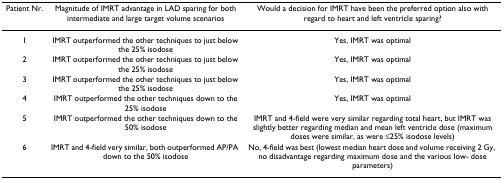
<table><thead><tr><td><b>Patient Nr.</b></td><td><b>Magnitude of IMRT advantage in LAD sparing for both intermediate and large target volume scenarios</b></td><td><b>Would a decision for IMRT have been the preferred option also with regard to heart and left ventricle sparing?</b></td></tr></thead><tbody><tr><td>1</td><td>IMRT outperformed the other techniques to just below the 25% isodose</td><td>Yes, IMRT was optimal</td></tr><tr><td>2</td><td>IMRT outperformed the other techniques to just below the 25% isodose</td><td>Yes, IMRT was optimal</td></tr><tr><td>3</td><td>IMRT outperformed the other techniques to just below the 25% isodose</td><td>Yes, IMRT was optimal</td></tr><tr><td>4</td><td>IMRT outperformed the other techniques down to the 25% isodose</td><td>Yes, IMRT was optimal</td></tr><tr><td>5</td><td>IMRT outperformed the other techniques down to the 50% isodose</td><td>IMRT and 4-field were very similar regarding total heart, but IMRT was slightly better regarding median and mean left ventricle dose (maximum doses were similar, as were ≤25% isodose levels)</td></tr><tr><td>6</td><td>IMRT and 4-field very similar, both outperformed AP/PA down to the 50% isodose</td><td>No, 4-field was best (lowest median heart dose and volume receiving 2 Gy, no disadvantage regarding maximum dose and the various low- dose parameters)</td></tr></tbody></table>